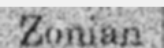
Zonian